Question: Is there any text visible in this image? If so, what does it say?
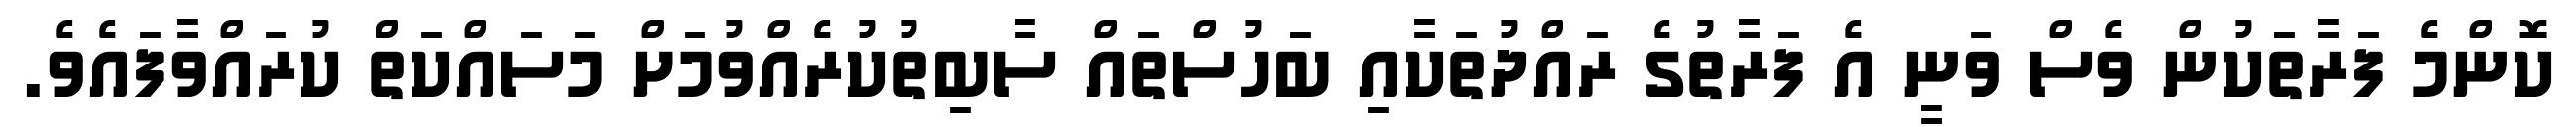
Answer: ކޮންމެ ފަރާތަކުން ވެސް ވަނީ އެ ފަރާތުގެ ރައްދުތަކާއި ބަހުސްތައް ސާބިތުކުރެއްވުމަށް މަސައްކަތް ކުރައްވާފައެވެ.